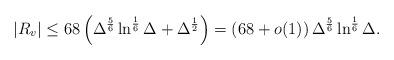
LaTeX: \begin{align*}|R_v|\leq 68 \left(\Delta^{\frac{5}{6}}\ln^{\frac{1}{6}}\Delta+\Delta^{\frac{1}{2}}\right)= \left(68+o(1)\right)\Delta^\frac{5}{6}\ln^\frac{1}{6}\Delta.\end{align*}